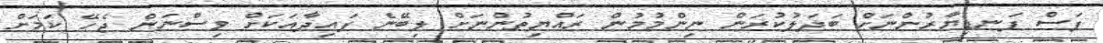
ފަސް ފަނޑިޔާރުންނަށް ބަދަލުކުރަން ނިންމުމުން ރައްޔިތުންނަށް ލިބޭނެ ފައިދާއަކަށް ވިސްނަން ޖެހޭ ކަމަށް